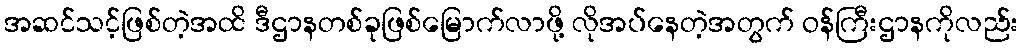
အဆင်သင့်ဖြစ်တဲ့အထိ ဒီဌာနတစ်ခုဖြစ်မြောက်လာဖို့ လိုအပ်နေတဲ့အတွက် ဝန်ကြီးဌာနကိုလည်း